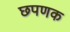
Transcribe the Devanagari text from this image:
छपणक